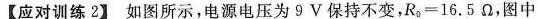
【应对训练2】如图所示，电源电压为9\nu 保持不变，$$R _ { 0 } = 1 6 . 5 \Omega$$，图中